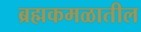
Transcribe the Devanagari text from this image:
ब्रह्मकमळातील